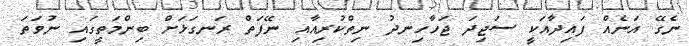
ނެގޭ އަނެއް ފައިދާއަކީ ސަޖިދަ ޖަހާހިނދު ނިތްކުރިއާއި ނޭފަތް ރަނގަޅަށް ބިންމަތީގައި ނުވަތަ